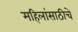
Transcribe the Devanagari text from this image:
महिलांसाठीचे